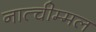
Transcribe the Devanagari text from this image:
नात्चीम्मल